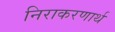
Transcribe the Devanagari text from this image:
निराकरणार्थ